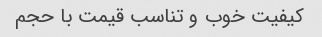
کیفیت خوب و تناسب قیمت با حجم